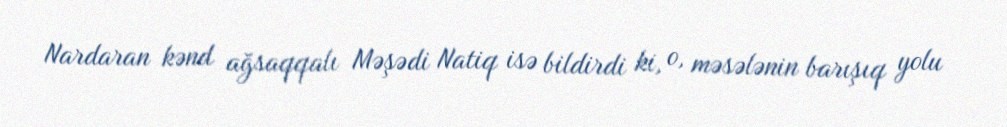
Nardaran kənd ağsaqqalı Məşədi Natiq isə bildirdi ki, o, məsələnin barışıq yolu